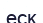
еск